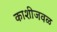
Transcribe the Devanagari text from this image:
काशीजवळ